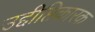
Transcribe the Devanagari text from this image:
उद्दीप्तिकारक